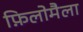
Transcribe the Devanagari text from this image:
फ़िलोमैला